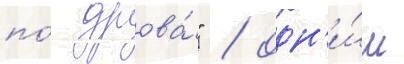
по́ дрова́" / одн'и́м